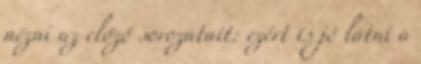
nézni az előző sorozatait: ezért is jó látni a